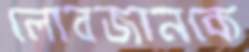
লোবজানকে